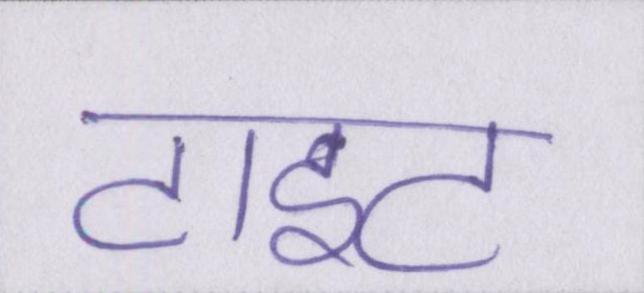
टाइट